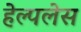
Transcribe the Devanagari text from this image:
हेल्पलेस